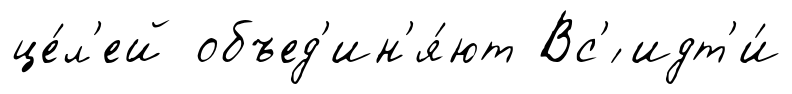
це́л'ей объед'ин'я́ют Вс'́ идт'и́